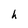
Character: h